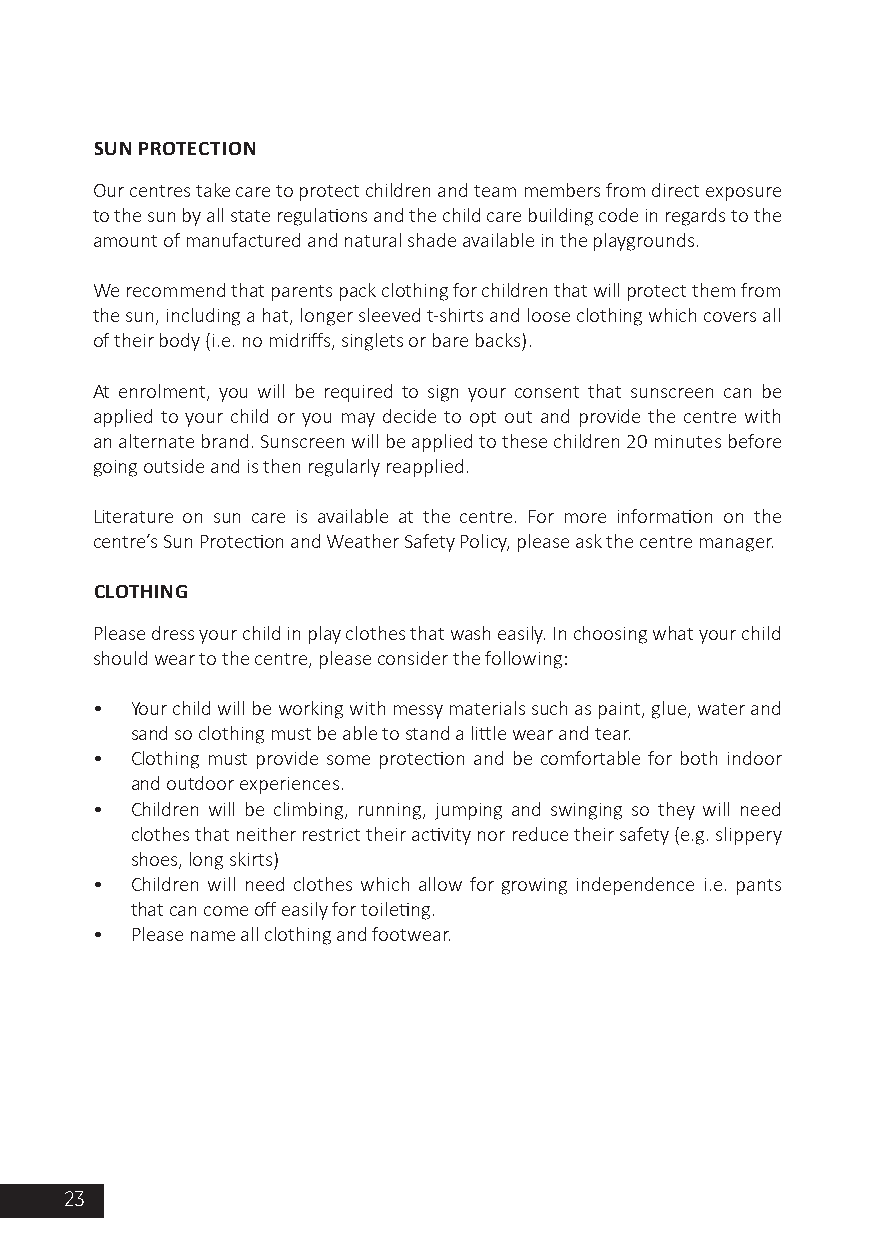
SUN PROTECTION
 Our centres take care to protect children and team members from direct exposure
 to the sun by all state regulations and the child care building code in regards to the
 amount of manufactured and natural shade available in the playgrounds.
 We recommend that parents pack clothing for children that will protect them from
 the sun, including a hat, longer sleeved t-shirts and loose clothing which covers all
 of their body (i.e. no midriffs, singlets or bare backs).
 At enrolment, you will be required to sign your consent that sunscreen can be
 applied to your child or you may decide to opt out and provide the centre with
 an alternate brand. Sunscreen will be applied to these children 20 minutes before
 going outside and is then regularly reapplied.
 Literature on sun care is available at the centre. For more information on the
 centre’s Sun Protection and Weather Safety Policy, please ask the centre manager.
 CLOTHING
 Please dress your child in play clothes that wash easily. In choosing what your child
 should wear to the centre, please consider the following:
 •  Your child will be working with messy materials such as paint, glue, water and
 sand so clothing must be able to stand a little wear and tear.
 •  Clothing must provide some protection and be comfortable for both indoor
 and outdoor experiences.
 •  Children will be climbing, running, jumping and swinging so they will need
 clothes that neither restrict their activity nor reduce their safety (e.g. slippery
 shoes, long skirts)
 •  Children will need clothes which allow for growing independence i.e. pants
 that can come off easily for toileting.
 •  Please name all clothing and footwear.
 23